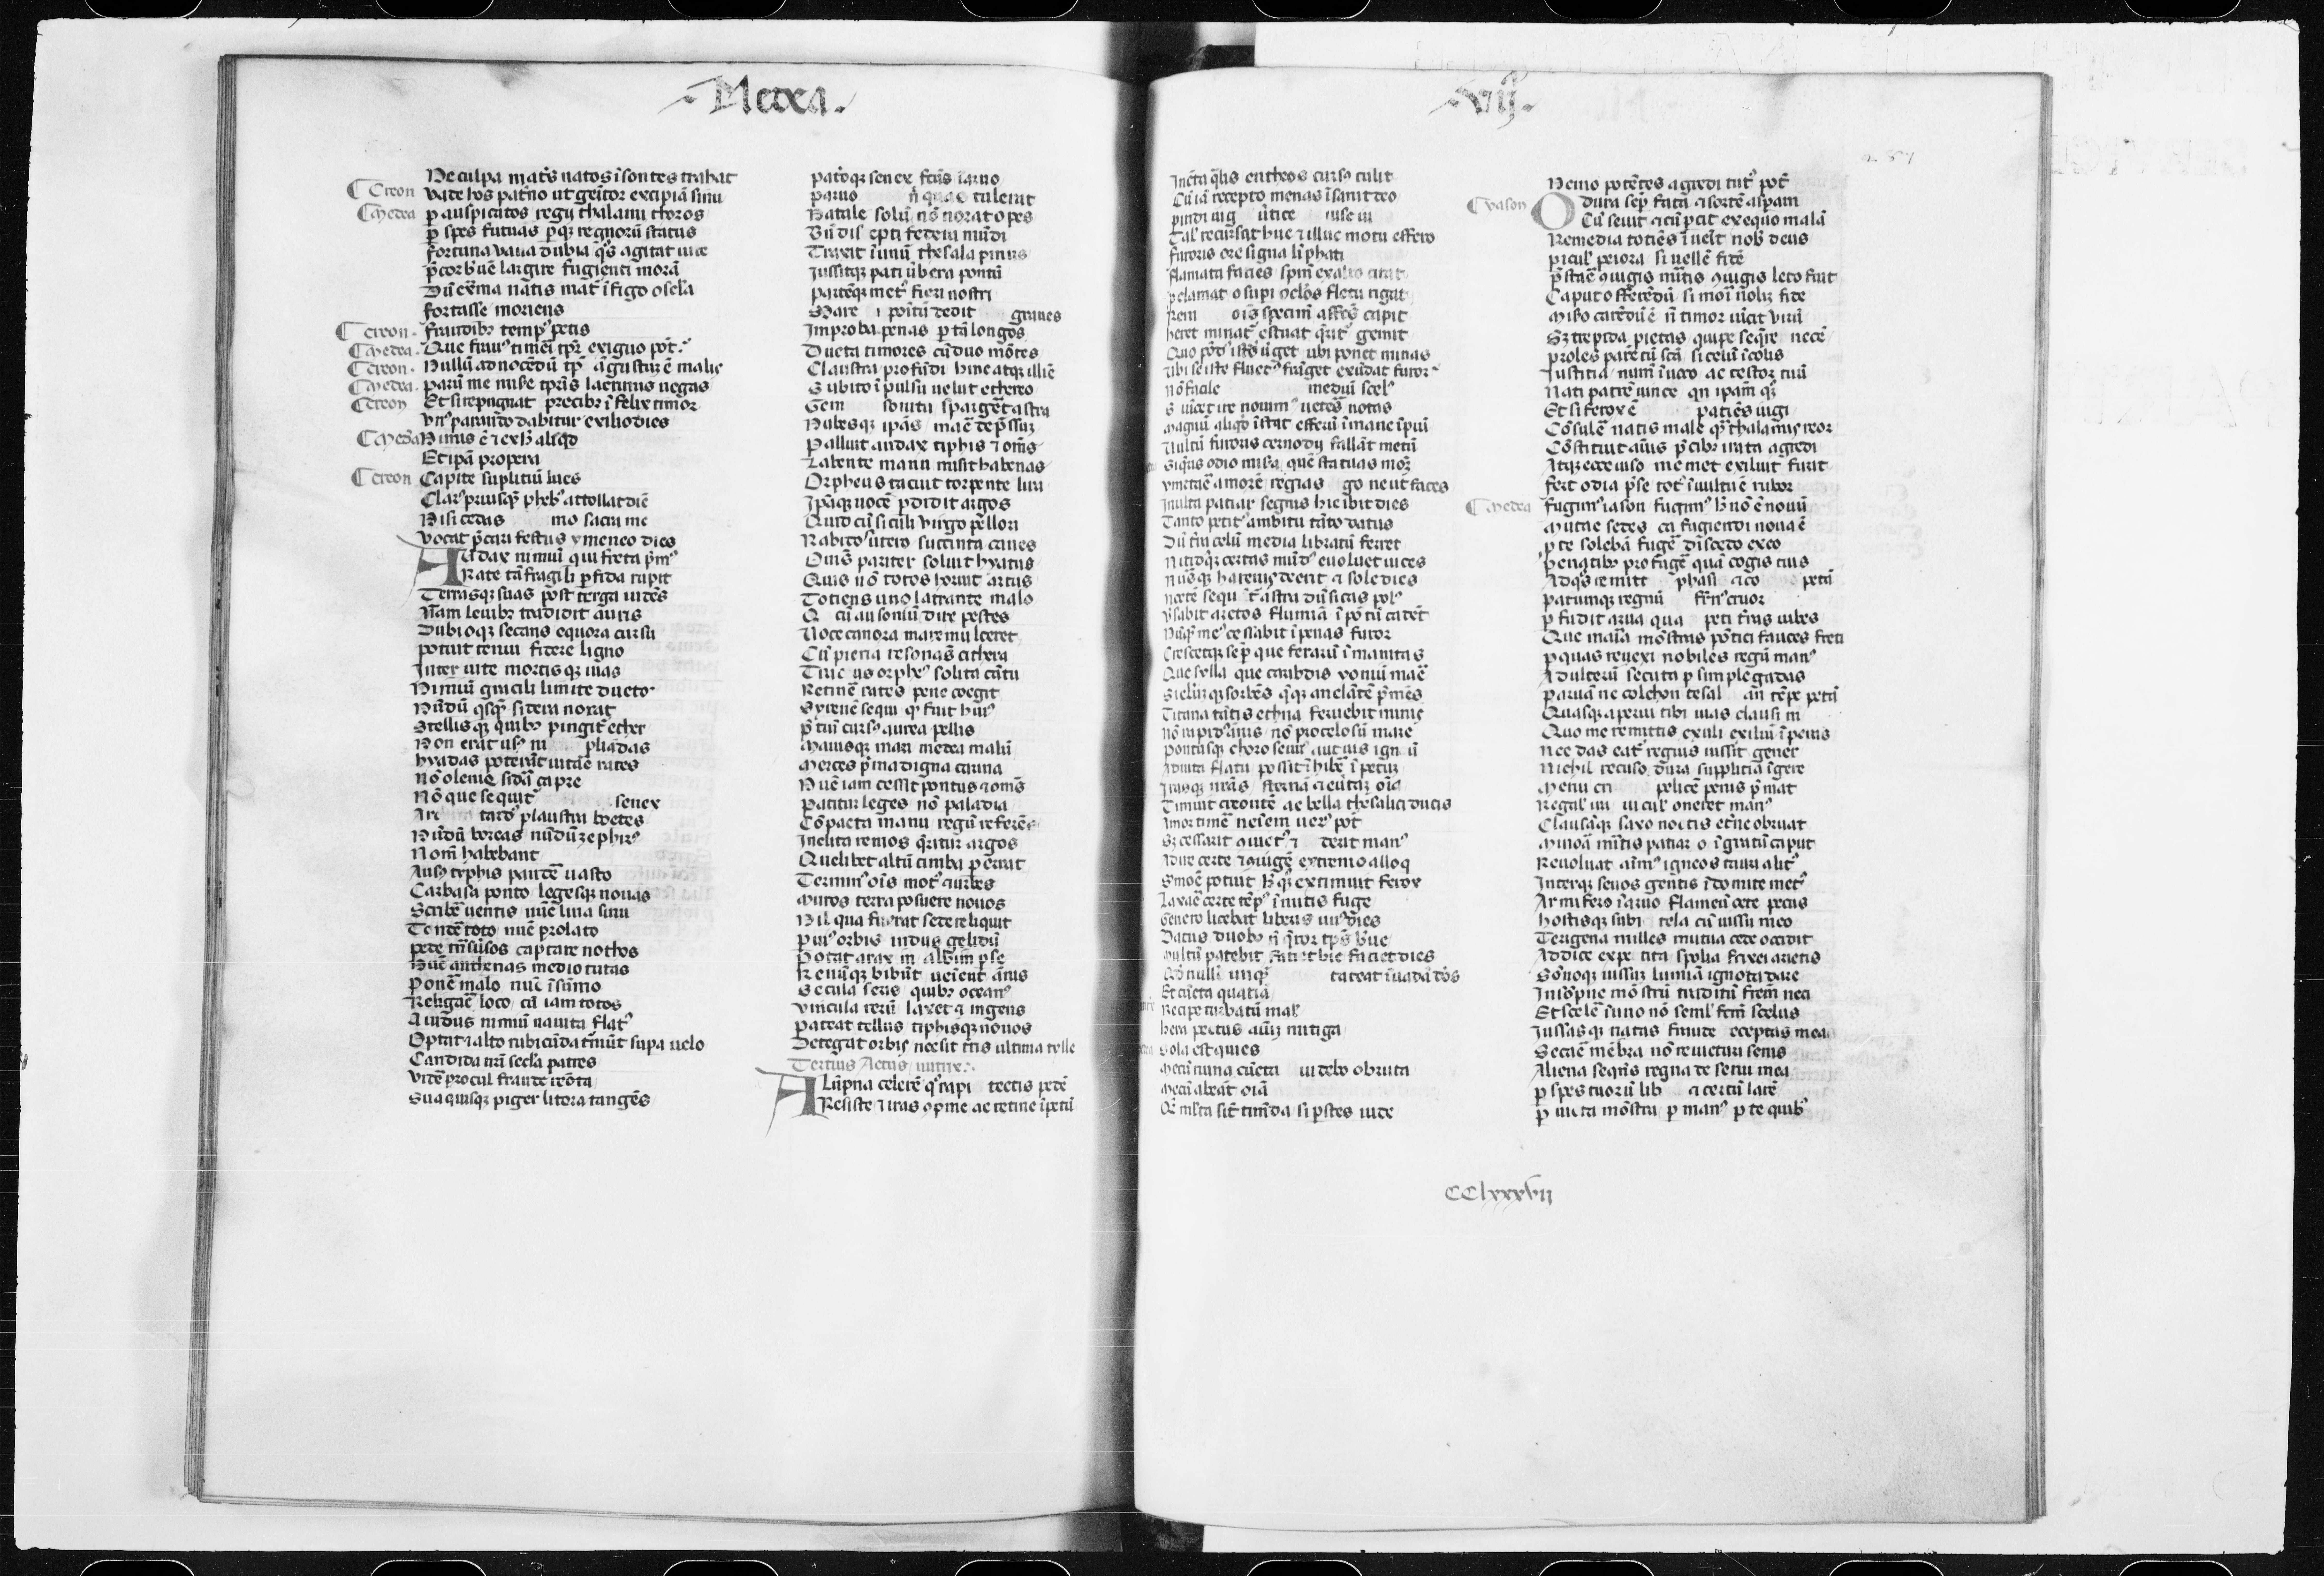
Shelfmark: Paris, BnF, lat. 6395
Century: 14